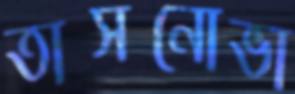
তাসনোভা